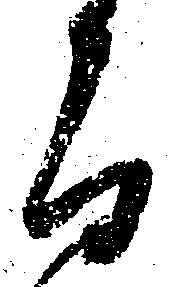
而